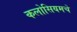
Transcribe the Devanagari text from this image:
कलोसियमचे